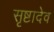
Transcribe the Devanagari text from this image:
सृष्टादेव